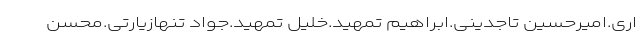
اری.امیرحسین تاجدینی.ابراهیم تمهید.خلیل تمهید.جواد تنهازیارتی.محسن